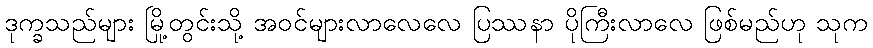
ဒုက္ခသည်များ မြို့တွင်းသို့ အဝင်များလာလေလေ ပြဿနာ ပိုကြီးလာလေ ဖြစ်မည်ဟု သုက